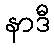
နာဒီ